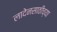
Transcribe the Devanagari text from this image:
लादेनसाठीच्या